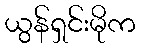
ယွန်ရှင်းမိုက